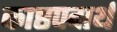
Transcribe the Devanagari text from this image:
काष्ठपदार्थ